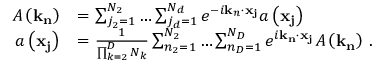
\begin{array} { r l } { A \left( \mathbf { k } _ { \mathbf { n } } \right) } & { = \sum _ { j _ { 2 } = 1 } ^ { N _ { 2 } } \ldots \sum _ { j _ { d } = 1 } ^ { N _ { d } } e ^ { - i \mathbf { k } _ { n } \cdot \mathbf { x } _ { \mathbf { j } } } a \left( \mathbf { x } _ { \mathbf { j } } \right) \, } \\ { a \left( \mathbf { x } _ { \mathbf { j } } \right) } & { = \frac { 1 } { \prod _ { k = 2 } ^ { D } N _ { k } } \sum _ { n _ { 2 } = 1 } ^ { N _ { 2 } } \ldots \sum _ { n _ { D } = 1 } ^ { N _ { D } } e ^ { i \mathbf { k } _ { \mathbf { n } } \cdot \mathbf { x } _ { \mathbf { j } } } A \left( \mathbf { k } _ { \mathbf { n } } \right) \, . } \end{array}